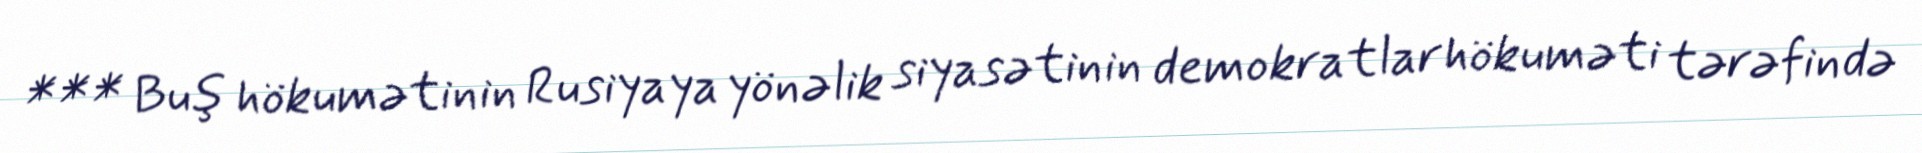
*** Buş hökumətinin Rusiyaya yönəlik siyasətinin demokratlar hökuməti tərəfində